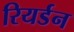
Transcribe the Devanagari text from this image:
रियर्डन